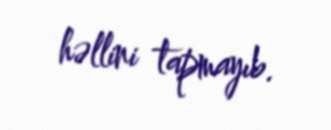
həllini tapmayıb.